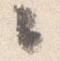
々